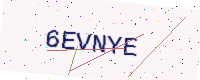
Text: 6EVNYE